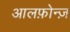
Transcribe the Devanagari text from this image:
आलफ़ोन्ज़